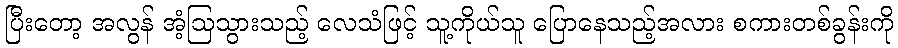
ပြီးတော့ အလွန် အံ့ဩသွားသည့် လေသံဖြင့် သူ့ကိုယ်သူ ပြောနေသည့်အလား စကားတစ်ခွန်းကို